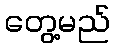
တွေ့မည်